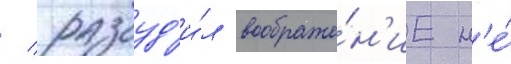
/ разбуд'и́л воображе́н'ие н'е́